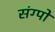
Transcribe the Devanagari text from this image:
संग्पो